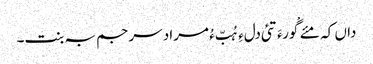
داں کہ مئے گْورءَ تئی دلءِ ہُبّ ءُ مراد سرجم بہ بنت۔